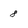
Character: 8